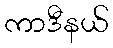
ကာဒီနယ်